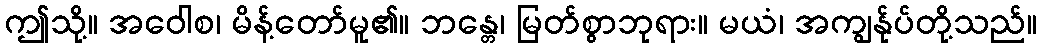
ဤသို့။ အဝေါစ၊ မိန့်တော်မူ၏။ ဘန္တေ၊ မြတ်စွာဘုရား။ မယံ၊ အကျွန်ုပ်တို့သည်။